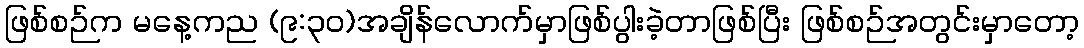
ဖြစ်စဉ်က မနေ့ကည (၉:၃၀)အချိန်လောက်မှာဖြစ်ပွါးခဲ့တာဖြစ်ပြီး ဖြစ်စဉ်အတွင်းမှာတော့